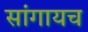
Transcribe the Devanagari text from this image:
सांगायच